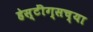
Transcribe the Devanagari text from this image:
हेस्टींग्सच्या